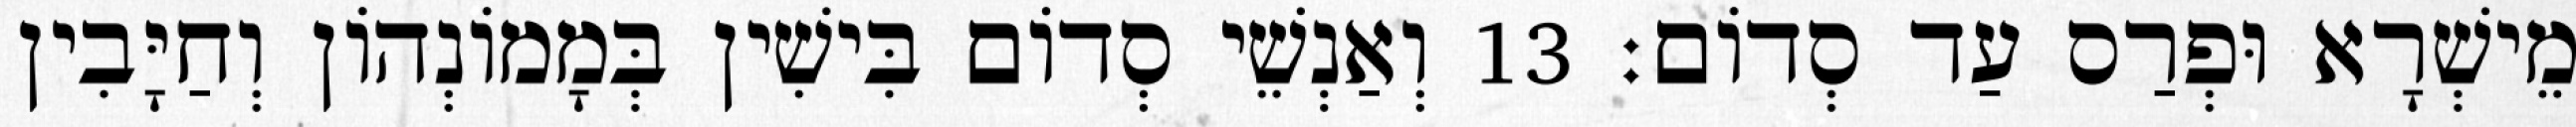
מֵישְׁרָא וּפְרַס עַד סְדוֹם׃ 13 וְאַנְשֵׁי סְדוֹם בִּישִׁין בְּמָמוֹנְהוֹן וְחַיָּבִין